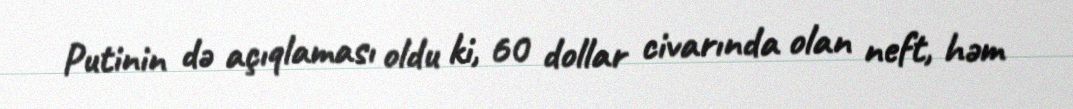
Putinin də açıqlaması oldu ki, 60 dollar civarında olan neft, həm